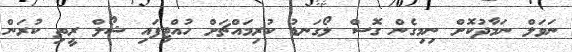
ނަވަލް ނަމާދުކޮށް ނިމިގެން ގޮސް ލޯގަނޑު ކުރިމައްޗަށް ހުއްޓިފައި ޝޯލް ރީތި ކުރަން